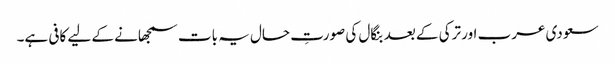
سعودی عرب اور ترکی کے بعد بنگال کی صورتِ حال یہ بات سمجھانے کے لیے کافی ہے۔